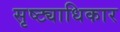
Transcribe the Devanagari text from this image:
सृष्ट्याधिकार